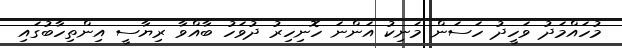
މުހައްމަދު ވަހީދު ހަސަން މަނިކު އަންނަ ހޮނިހިރު ދުވަހު ބާއްވާ ރިޔާސީ އިންތިހާބުގައި